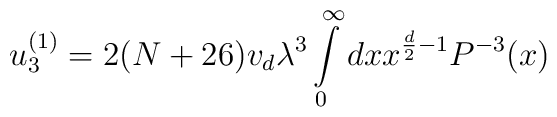
u_3^{(1)}=2(N+26)v_d\lambda^3\int\limits_0^\infty{dx}x^{\frac{d}{2}-1}P^{-3}(x)